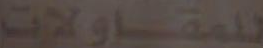
للمقاولات